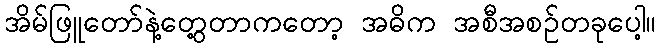
အိမ်ဖြူတော်နဲ့တွေ့တာကတော့ အဓိက အစီအစဉ်တခုပေါ့။